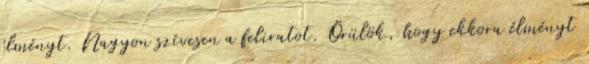
élményt. Nagyon szívesen a feliratot. Örülök, hogy ekkora élményt